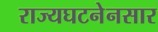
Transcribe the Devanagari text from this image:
राज्यघटनेनसार